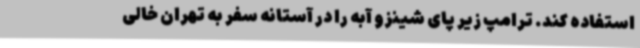
استفاده کند. ترامپ زیر پای شینزو آبه را در آستانه سفر به تهران خالی